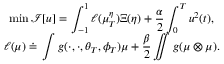
\begin{array} { c } { \displaystyle \operatorname* { m i n } \mathcal I [ u ] = \int _ { - 1 } ^ { 1 } \ell ( \mu _ { T } ^ { \eta } ) \d \Xi ( \eta ) + \frac { \alpha } { 2 } \int _ { 0 } ^ { T } u ^ { 2 } ( t ) \d t , } \\ { \ell ( \mu ) \doteq \, \displaystyle \int g ( \cdot , \cdot , \theta _ { T } , \phi _ { T } ) \d \mu + \frac { \beta } { 2 } \iint g \d ( \mu \otimes \mu ) . } \end{array}